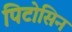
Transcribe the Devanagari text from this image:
पिटोसिन